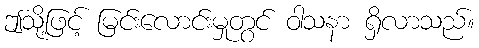
ဤသို့ဖြင့် မြင်းလောင်းမှုတွင် ဝါသနာ ရှိလာသည်။